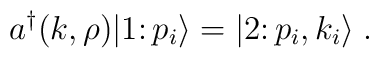
a^{\dagger}(k, \rho) \vert 1 \colon p_i \rangle = \vert 2 \colon p_i, k_i\rangle \;.